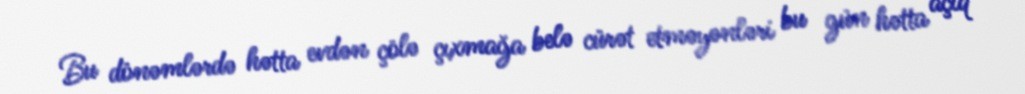
Bu dönəmlərdə hətta evdən çölə çıxmağa belə cürət etməyənləri bu gün hətta açıq